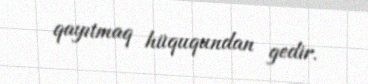
qayıtmaq hüququndan gedir.